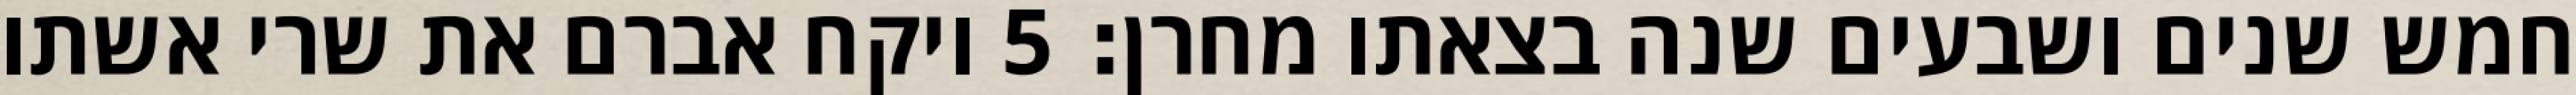
חמש שנים ושבעים שנה בצאתו מחרן׃ ‎5‏ ויקח אברם את שרי אשתו